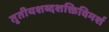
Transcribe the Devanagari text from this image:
तृतीयशब्दशक्तिविमर्श